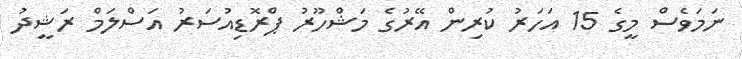
ނަމަވެސް މީގެ 15 އަހަރު ކުރިން އޭރުގެ މަޝްހޫރު ޕްރޮޑިއުސަރު އަސްލަމް ރަޝީދު